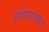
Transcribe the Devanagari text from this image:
क्षत्रियाख्या